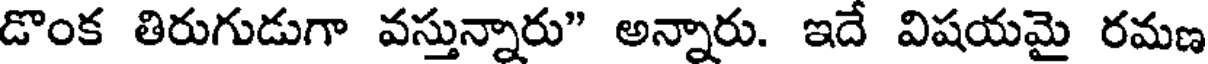
డొంక తిరుగుడుగా వస్తున్నారు" అన్నారు. ఇదే విషయమై రమణ